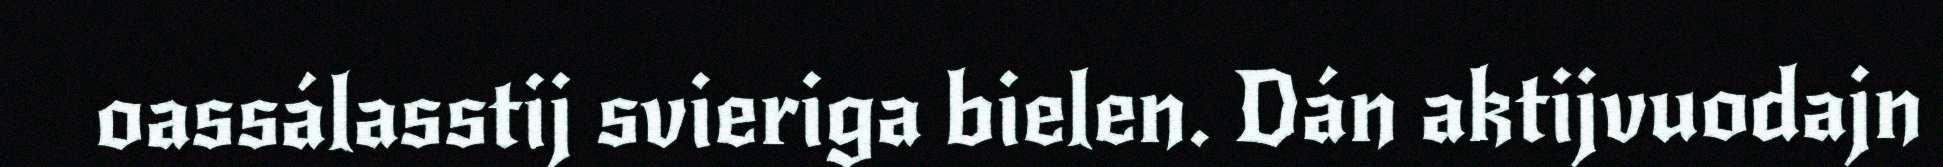
oassálasstij svieriga bielen. Dán aktijvuodajn